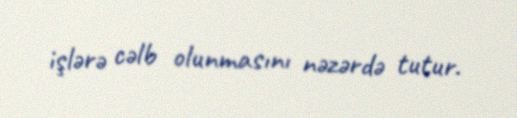
işlərə cəlb olunmasını nəzərdə tutur.